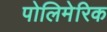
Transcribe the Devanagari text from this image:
पोलिमेरिक